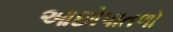
આછોપાતળો